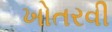
ખોતરવી